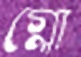
গ্লো